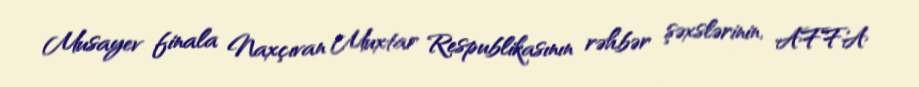
Musayev finala Naxçıvan Muxtar Respublikasının rəhbər şəxslərinin, AFFA